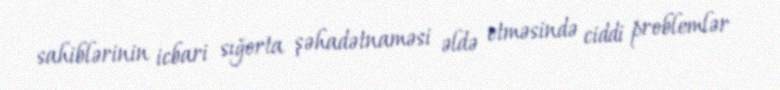
sahiblərinin icbari sığorta şəhadətnaməsi əldə etməsində ciddi problemlər